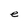
Character: e